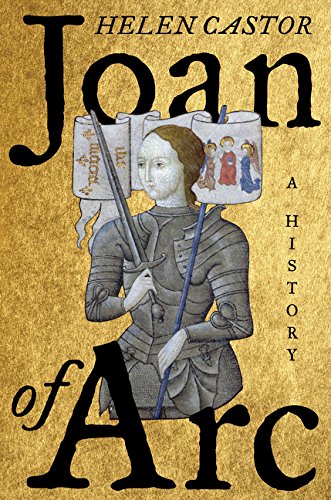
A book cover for Joan of Arc: A History (Cut Edge); Helen Castor; History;